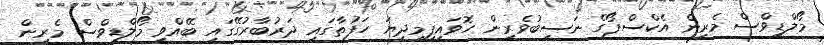
މޯލްޑިވްސް މެރިން އެކްސްޕޯގެ ނަސީބުވެރިން ހޮވައިފިމިދިޔަ ހަފުތާގައި ދަރުބާރުގޭގައި ބޭއްވި މޯލްޑިވްސް މެރިން